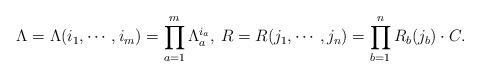
LaTeX: \begin{align*} \Lambda = \Lambda (i_1, \cdots , i_m) = \prod_{a=1}^{m} \Lambda _a ^{i_a}, \medspace R = R(j_1, \cdots , j_n) = \prod_{b=1}^{n} R_b (j_b) \cdot C.\end{align*}